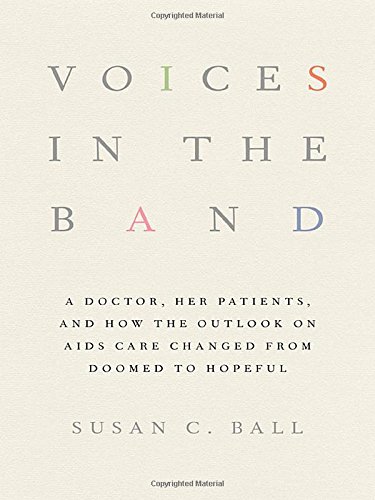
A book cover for Voices in the Band: A Doctor, Her Patients, and How the Outlook on AIDS Care Changed from Doomed to Hopeful (The Culture and Politics of Health Care Work); Susan C. Ball; Health, Fitness & Dieting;